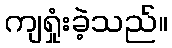
ကျရှုံးခဲ့သည်။